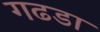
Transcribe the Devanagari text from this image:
गढडा